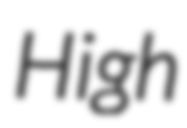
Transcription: High